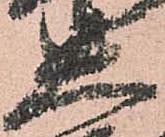
大